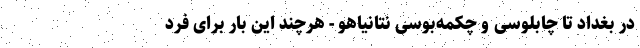
در بغداد تا چابلوسی و چکمه‌بوسی نتانیاهو - هرچند این بار برای فرد